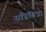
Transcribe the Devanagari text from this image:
सन्निसिन्नो